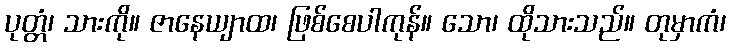
ပုတ္တံ၊ သားကို။ ဇာနေယျာထ၊ ဖြစ်စေပါကုန်။ သော၊ ထိုသားသည်။ တုမှာကံ၊